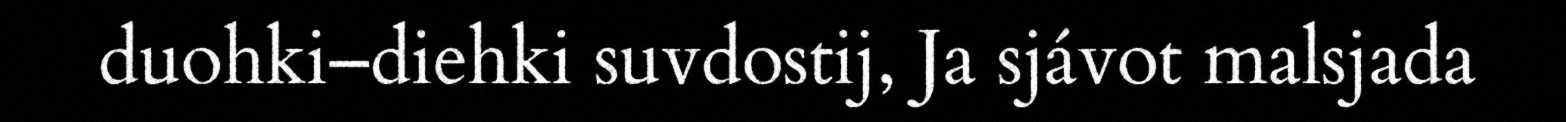
duohki–diehki suvdostij, Ja sjávot malsjada